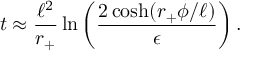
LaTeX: t \approx { \frac { \ell ^ { 2 } } { r _ { + } } } \ln \left( { \frac { 2 \cosh ( r _ { + } \phi / \ell ) } { \epsilon } } \right) .